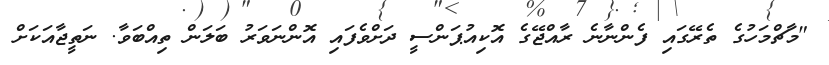
"މާޗްމަހުގެ ތެރޭގައި ފެންނާނެ ރާއްޖޭގެ އޮކިއުޕަންސީ ދަށްވެފައި އޮންނަވަރު ބަލަން ތިއްބަވާ. ނަތީޖާއަކަށް